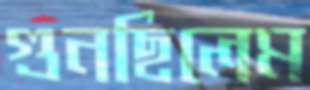
গুনছিলেম